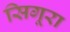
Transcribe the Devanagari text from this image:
सिगूरा